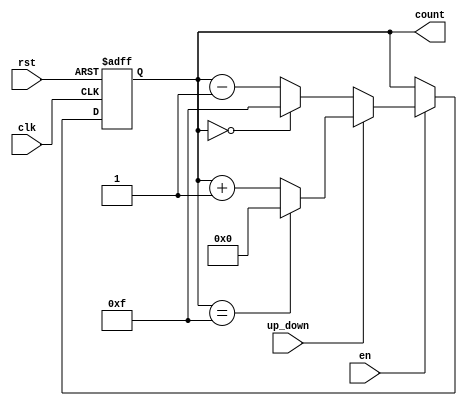
module binary_counter (
    input wire clk,          // Clock input
    input wire rst,          // Asynchronous reset
    input wire en,           // Enable signal
    input wire up_down,      // Count direction: 1 for up, 0 for down
    output reg [3:0] count   // 4-bit counter output (adjust width as needed)
);

    // Parameter for maximum count value
    parameter MAX_COUNT = 4'b1111; // 15 for a 4-bit counter

    // Asynchronous reset and counting logic
    always @(posedge clk or posedge rst) begin
        if (rst) begin
            count <= 4'b0000; // Reset the counter to 0
        end else if (en) begin
            if (up_down) begin
                if (count == MAX_COUNT) begin
                    count <= 4'b0000; // Roll over to 0
                end else begin
                    count <= count + 1; // Increment the counter
                end
            end else begin
                if (count == 4'b0000) begin
                    count <= MAX_COUNT; // Roll over to MAX_COUNT
                end else begin
                    count <= count - 1; // Decrement the counter
                end
            end
        end
    end

endmodule